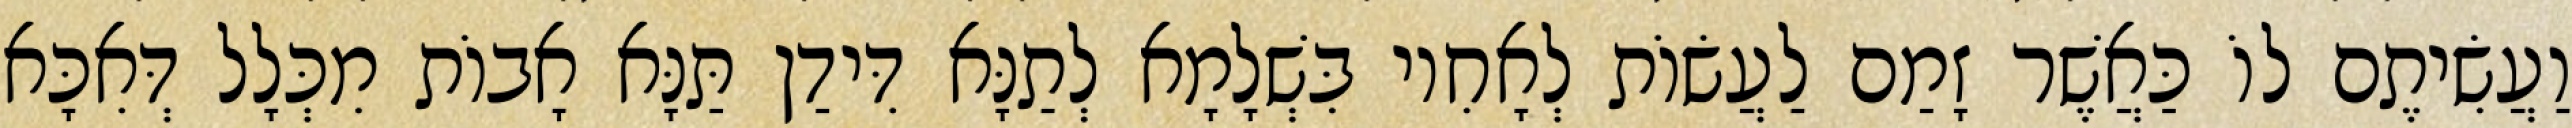
וַעֲשִׂיתֶם לוֹ כַּאֲשֶׁר זָמַם לַעֲשׂוֹת לְאָחִיו בִּשְׁלָמָא לְתַנָּא דִּידַן תַּנָּא אָבוֹת מִכְּלָל דְּאִכָּא